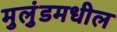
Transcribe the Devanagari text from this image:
मुलुंडमधील